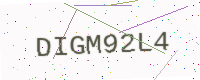
Text: DIGM92L4